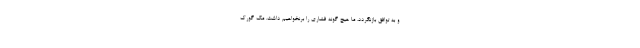
و به توافق بازنگردد، ما هیچ‌ گونه فشاری را برنخواهیم داشت. مک گورک